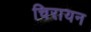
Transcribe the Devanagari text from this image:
चिरायन